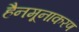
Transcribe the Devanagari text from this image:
हैनमूनाकरण